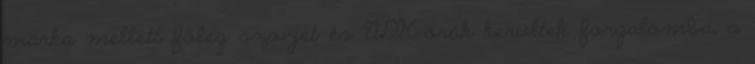
márka mellett fôleg szovjet és NDK-órák kerültek forgalomba, a